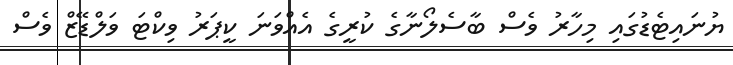
ޔުނައިޓެޑުގައި މިހާރު ވެސް ބާސެލޯނާގެ ކުރީގެ އެއްވަނަ ކީޕަރު ވިކްޓަ ވަލްޑޭޒް ވެސް